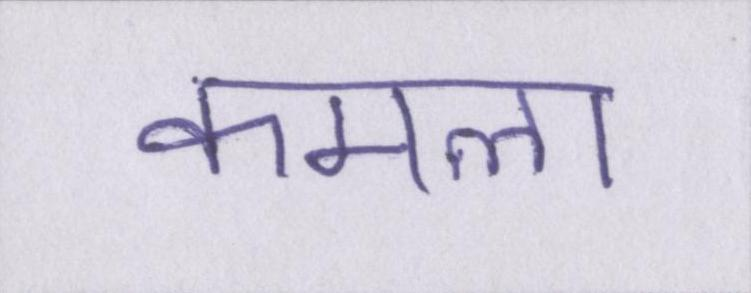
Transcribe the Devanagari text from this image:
कमला